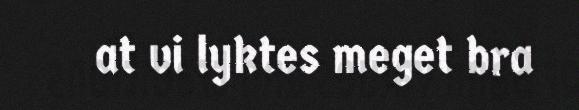
at vi lyktes meget bra